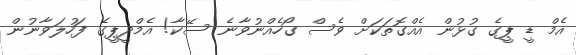
އެމް ޑީ ޕީގެ ގުޅުން އެއްގޮތަކަށް ވެސް ގޯހެއްނުވާނެ ސޭކާ! އެމްދީޕީގެ ފަހުލަވާނުން